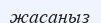
жасаңыз